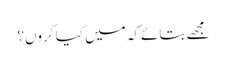
مجھے بتائےکہ میں کیا کروں؟